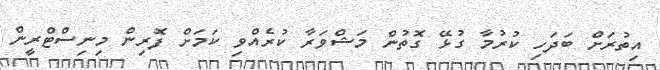
އިތުރަށް ބަދަހި ކުރުމާ ގުޅޭ ގޮތުން މަޝްވަރާ ކުރެއްވި ކަމަށް ފޮރިން މިނިސްޓްރީން